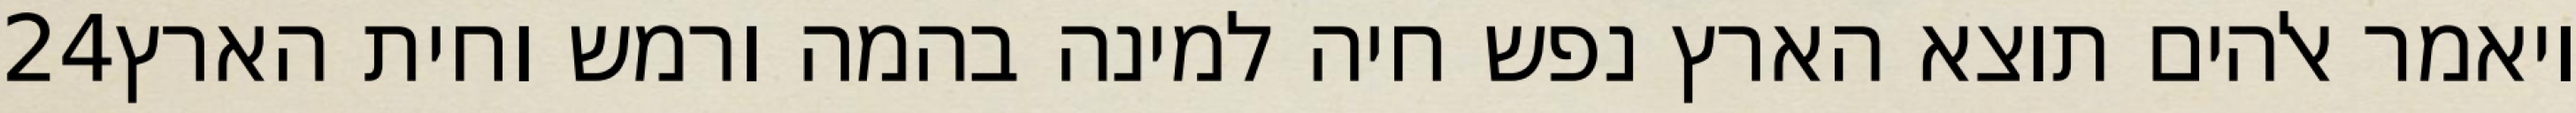
‎24‏ ויאמר אלהים תוצא הארץ נפש חיה למינה בהמה ורמש וחית הארץ